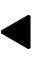
\blacktriangleleft